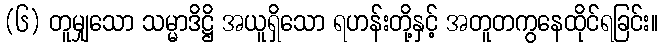
(၆) တူမျှသော သမ္မာဒိဋ္ဌိ အယူရှိသော ရဟန်းတို့နှင့် အတူတကွနေထိုင်ရခြင်း။